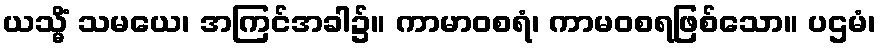
ယသ္မိံ သမယေ၊ အကြင်အခါ၌။ ကာမာဝစရံ၊ ကာမဝစရဖြစ်သော။ ပဌမံ၊